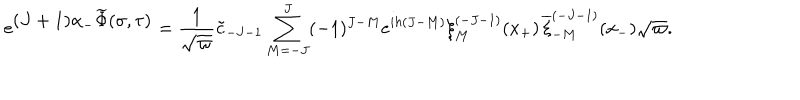
LaTeX: e ^ { \textstyle ( J + 1 ) \alpha _ { - } \widetilde \Phi ( \sigma , \tau ) } = { \frac { 1 } { \sqrt \varpi } } { \tilde { c } } _ { - J - 1 } \sum _ { M = - J } ^ { J } ( - 1 ) ^ { J - M } e ^ { i h ( J - M ) } \xi _ { M } ^ { ( - J - 1 ) } ( x _ { + } ) \, { \overline { { \xi } } _ { - M } ^ { ( - J - 1 ) } } ( x _ { - } ) \sqrt \varpi .